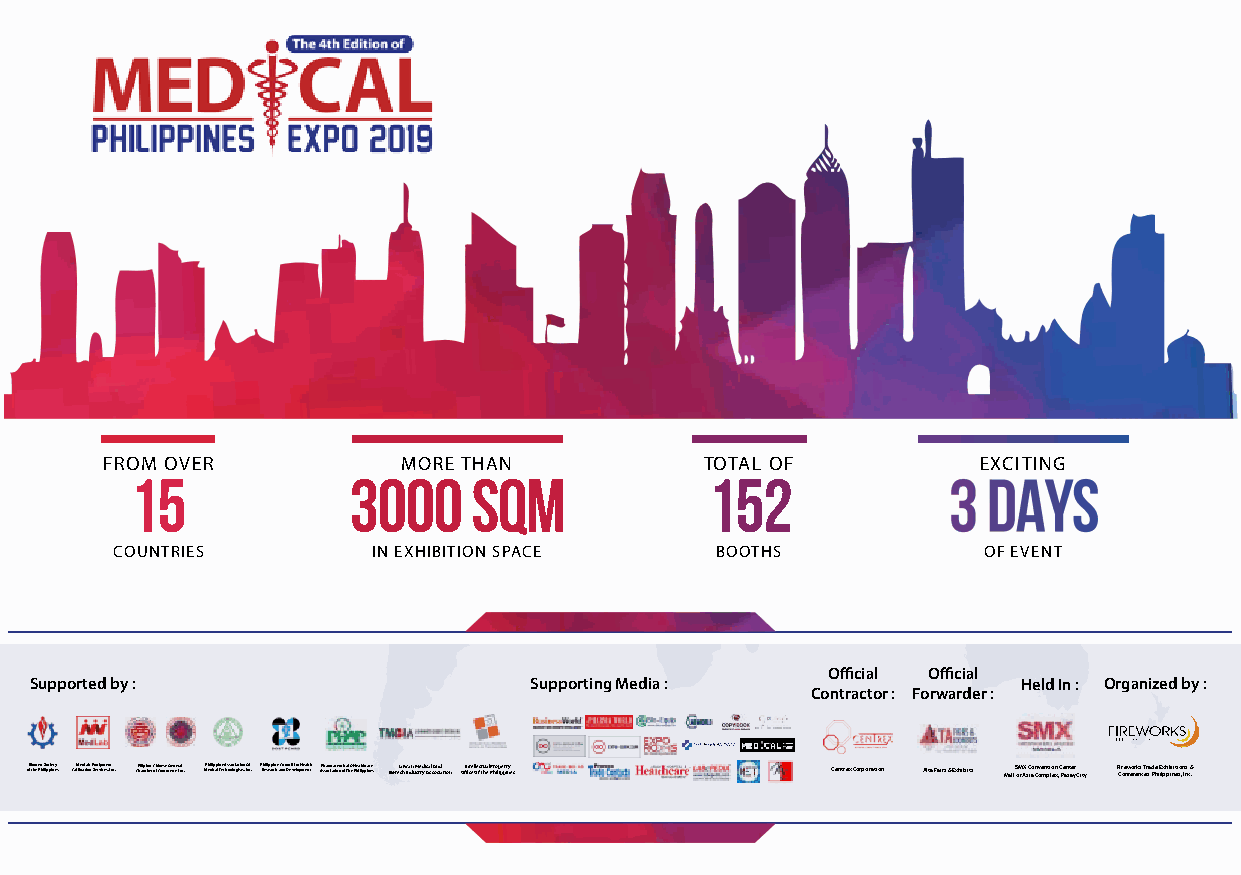
FROM OVER           MORE THAN           TOTAL OF          EXCITING
 15            3000    sqm             152
 COUNTRIES         IN EXHIBITION SPACE   BOOTHS            OF EVENT
 Official Official
 Supported by :                   Supporting Media :               Held In : Organized by :
 Contractor : Forwarder :
 oBf itohme ePdh iSliopcpieinteys CaMliberdaLtiaobn E Sqeurivpicmees,n Itnc. CFhialimpibneor- Cohf iCnoemsem Geerncee rIanlc. MPheidliipcapli nTeec Ahsnsoolcoigatisiotsn, IOnfc . PRheisliepapricnhe a Cnodu Dnceivl efolorp Hmeealntth APshsaorcmiaatcioenu toicf aTlh &e HPheaillitphpcianrees BioteTcahiw Inand uMsterdyi cAasls Aoncidation OffiInctee lOlefc Ttuhael PPhroilpipepritnyes Centrex Corporation Alta Fairs & Exhibits MallS oM f X A sC iao n Cv oe mn pti lo en x ,C Pe an st ae yr City F Cir oe nw feo rr ek ns c T er sa d Pe h iE lix ph pi ib ni eti so , n Ins c& .